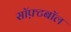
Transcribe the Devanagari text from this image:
सॉफ़्टबॉल